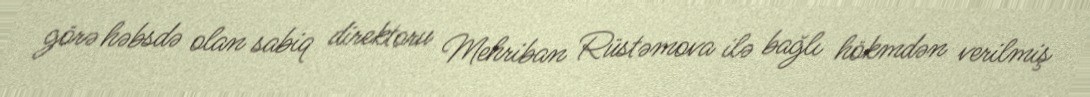
görə həbsdə olan sabiq direktoru Mehriban Rüstəmova ilə bağlı hökmdən verilmiş